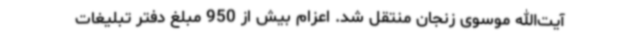
آیت‌الله موسوی زنجان منتقل شد. اعزام بیش از 950 مبلغ دفتر تبلیغات